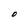
Character: D